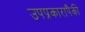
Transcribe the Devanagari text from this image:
उपप्रकारापैकी